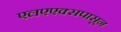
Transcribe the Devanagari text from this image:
एलएएक्सपासून